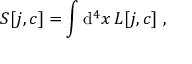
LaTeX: S [ j , c ] = \int \mathrm { d } ^ { 4 } x \, { \cal L } [ j , c ] \ ,